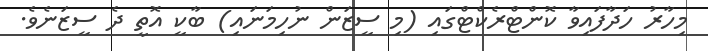
މިހާރު ހަދާފައިވާ ކޮންޓްރެކްޓްގައި (މި ސީޒަން ނުހިމަނައި) ބާކީ އޮތީ ދެ ސީޒަނެވެ.